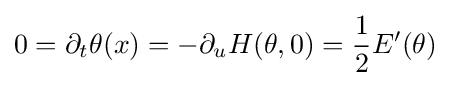
0=\partial _{t}\theta (x)=-\partial _{u}H(\theta ,0)={\frac {1}{2}}E'(\theta )